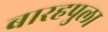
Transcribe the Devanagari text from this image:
बारहपुला